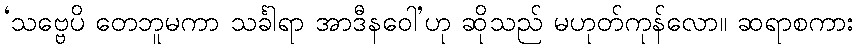
‘သဗ္ဗေပိ တေဘူမကာ သင်္ခါရာ အာဒီနဝေါ’ဟု ဆိုသည် မဟုတ်ကုန်လော။ ဆရာစကား